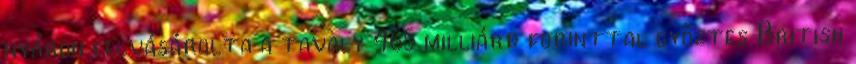
nyáron felvásárolta a tavaly 465 milliárd forinttal győztes British